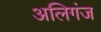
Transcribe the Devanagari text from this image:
अलिगंज